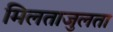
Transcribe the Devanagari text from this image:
मिलताजुलता